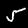
Digit: 5